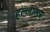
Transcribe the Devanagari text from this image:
हल्लासन